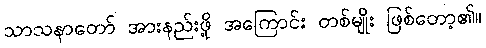
သာသနာတော် အားနည်းဖို့ အကြောင်း တစ်မျိုး ဖြစ်တော့၏။